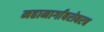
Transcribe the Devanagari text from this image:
महामार्गांबरोबरच